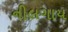
નીલગાય